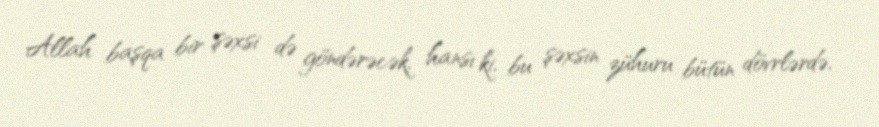
Allah başqa bir şəxsi də göndərəcək, hansı ki, bu şəxsin zühuru bütün dövrlərdə,